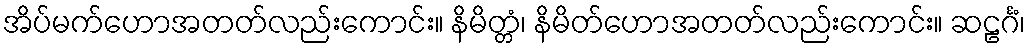
အိပ်မက်ဟောအတတ်လည်းကောင်း။ နိမိတ္တံ၊ နိမိတ်ဟောအတတ်လည်းကောင်း။ ဆဠင်္ဂံ၊